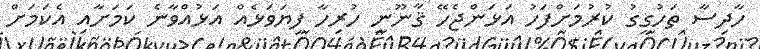
ހާދިސާ ތަހުގީގު ކުރުމަށްފަހު އަޅަންޖެހޭ ޤާނޫނީ ހުރިހާ ފިޔަވަޅެއް އަޅުއްވާނެ ކަމަށާއި އެކަމަށް